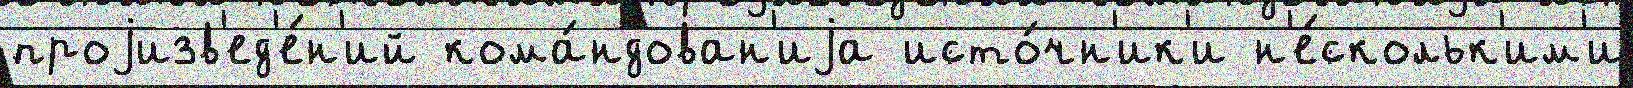
проjизв'ед'е́н'ий кома́ндован'иjа исто́чн'ик'и н'е́скольк'им'и